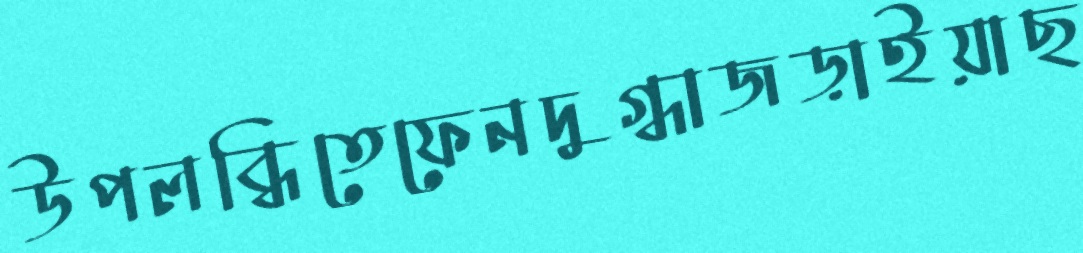
উপলব্ধিতেফেনদুগ্ধাজড়াইয়াছ